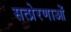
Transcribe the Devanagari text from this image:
सत्प्रेरणाओं